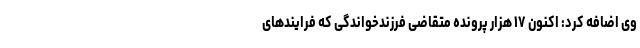
وی اضافه کرد: اکنون ۱۷ هزار پرونده متقاضی فرزندخواندگی که فرایند‌های